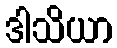
ဒါသိယာ